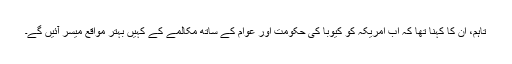
تاہم، اُن کا کہنا تھا کہ اب امریکہ کو کیوبا کی حکومت اور عوام کے ساتھ مکالمے کے کہیںٕ بہتر مواقع میسر آئیں گے۔